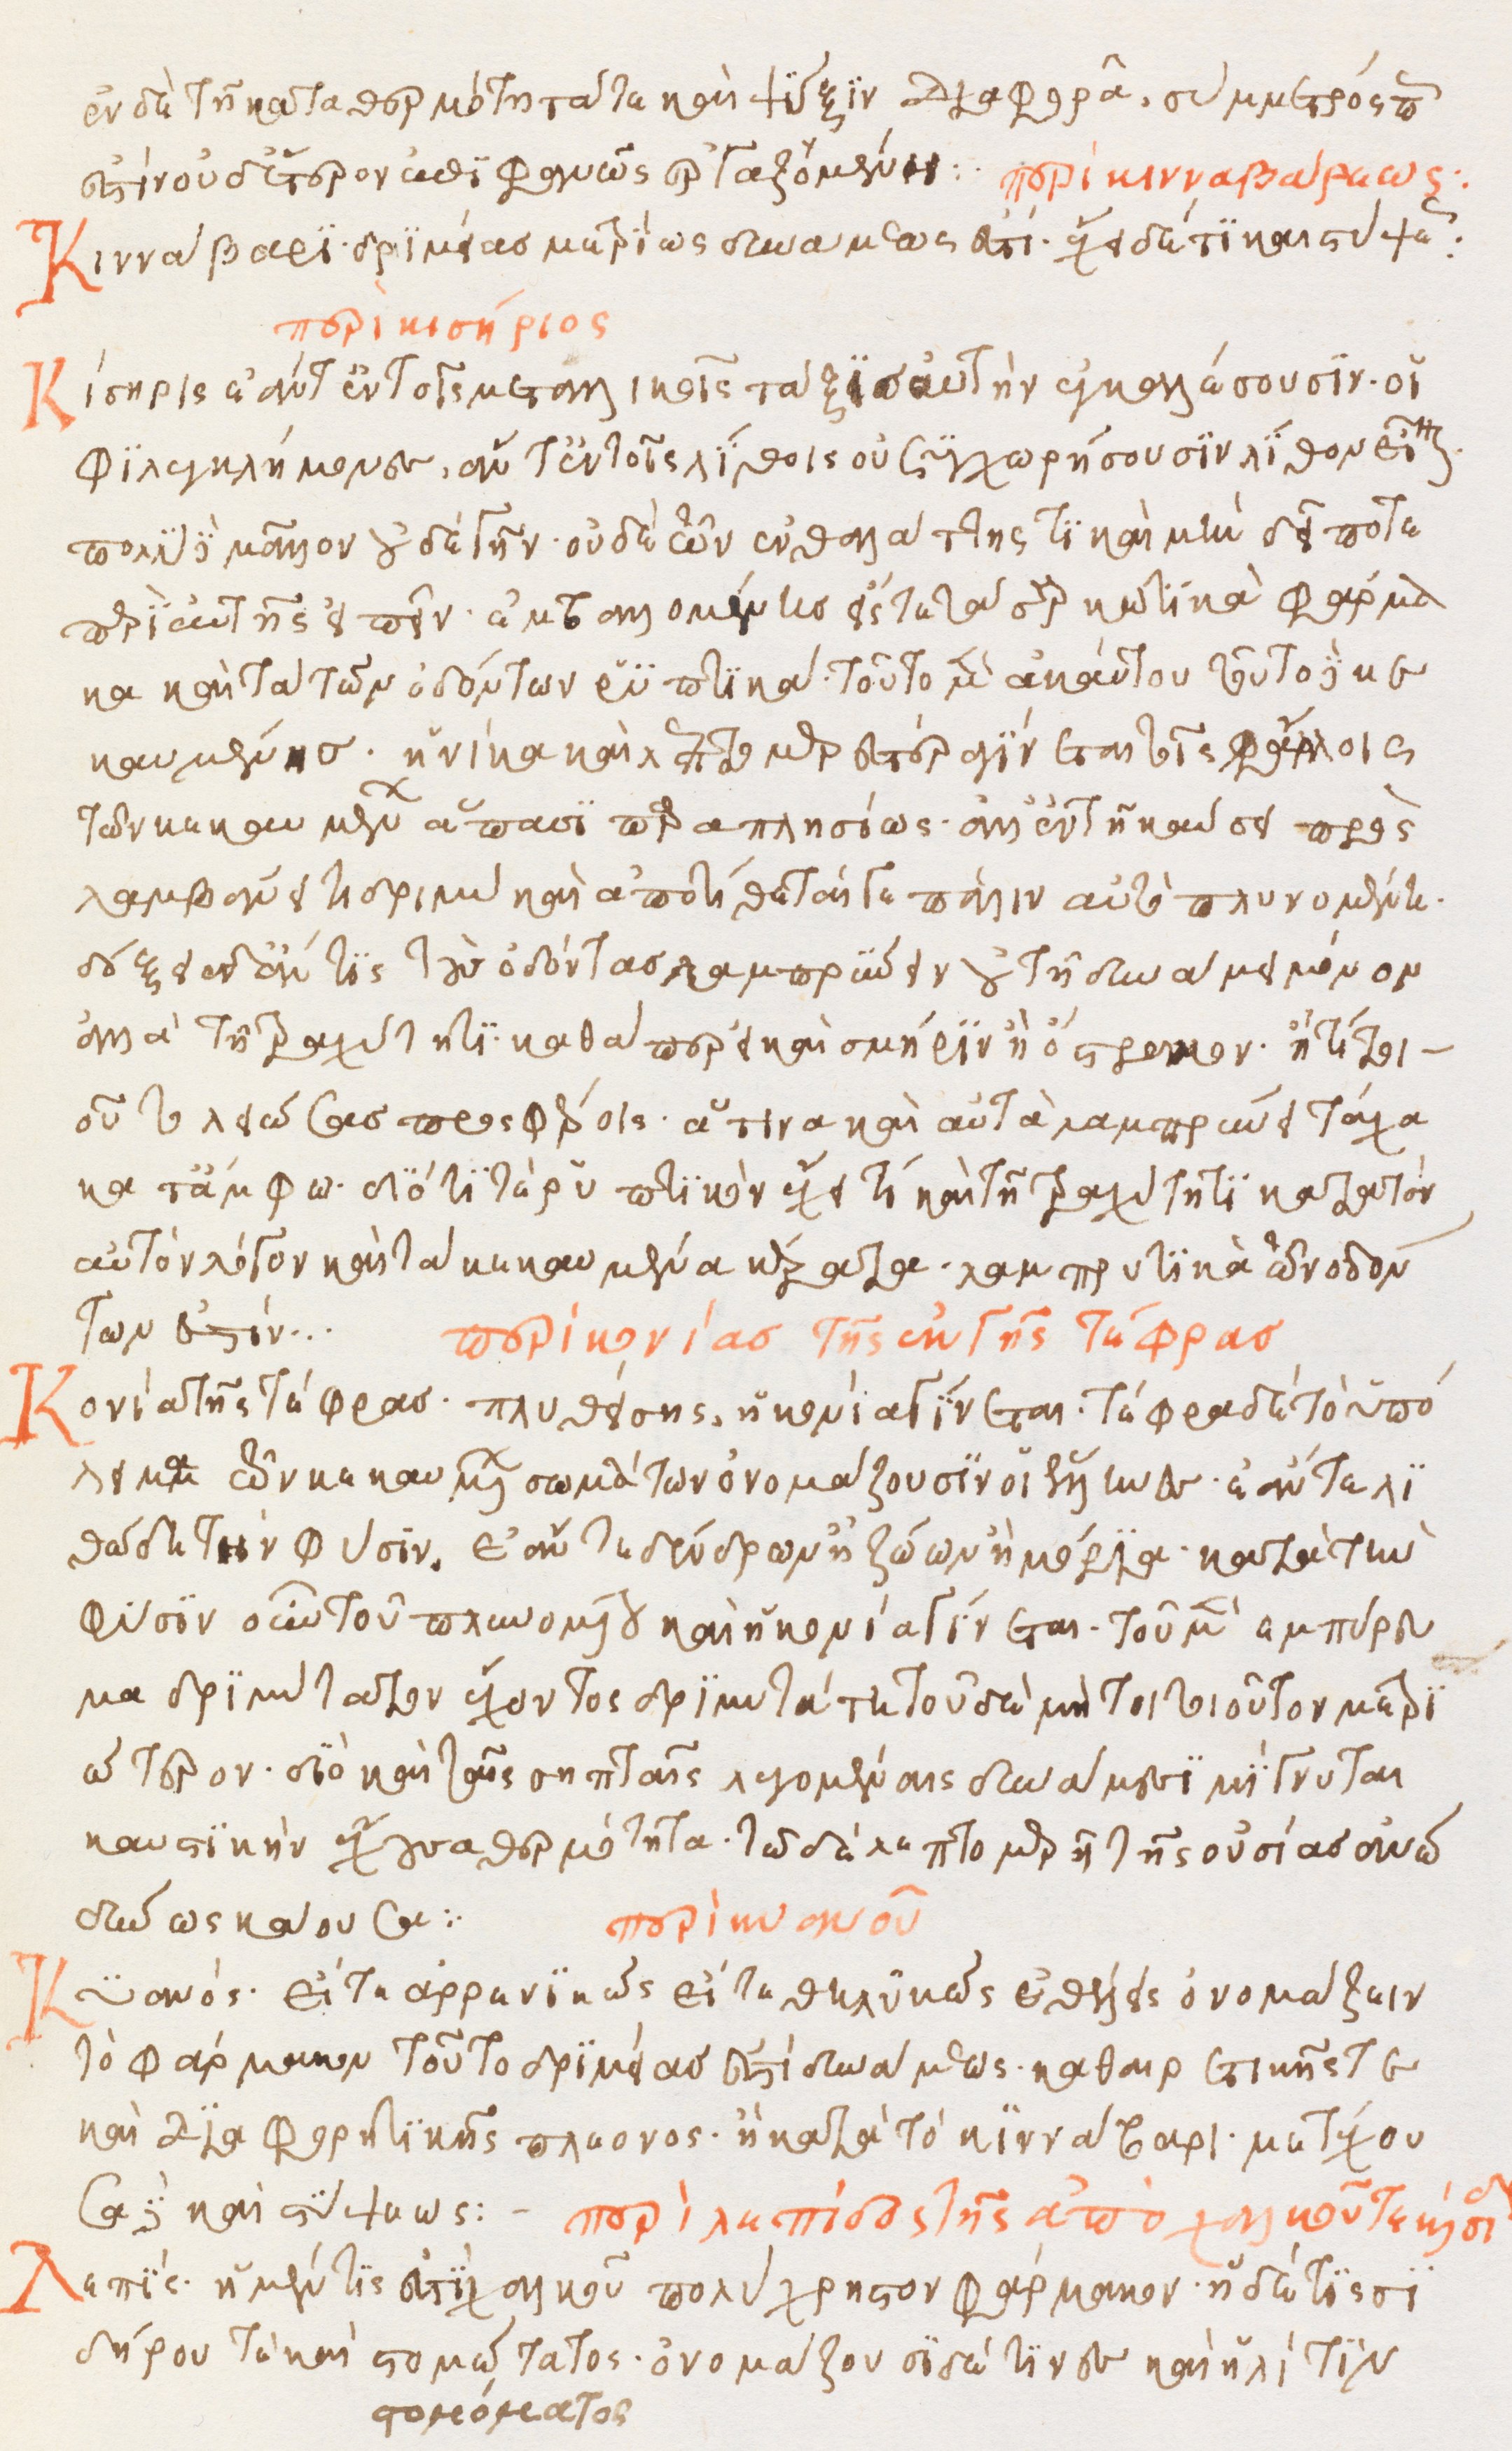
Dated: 1500–1599